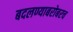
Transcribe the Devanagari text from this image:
बदलण्याबरोबरच